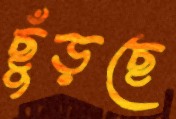
ছুঁড়ছে